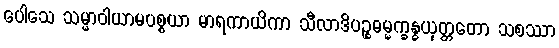
ပေါသေ သမ္မာဝါယာမပစ္စယာ မာရကာယိကာ သီလာဒိပဉ္စဓမ္မက္ခန္ဓယုတ္တတော သစဿာ